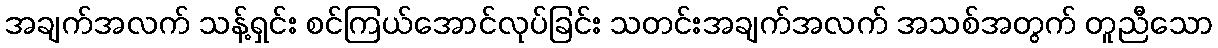
အချက်အလက် သန့်ရှင်း စင်ကြယ်အောင်လုပ်ခြင်း သတင်းအချက်အလက် အသစ်အတွက် တူညီသော